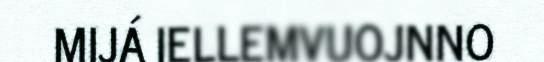
MIJÁ IELLEMVUOJNNO